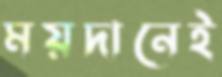
ময়দানেই